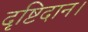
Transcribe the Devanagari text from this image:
दृष्टिदान।